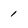
Character: 1